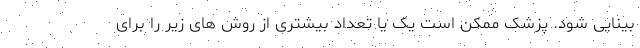
بینایی شود. پزشک ممکن است یک یا تعداد بیشتری از روش های زیر را برای